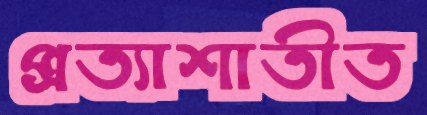
প্রত্যাশাতীত